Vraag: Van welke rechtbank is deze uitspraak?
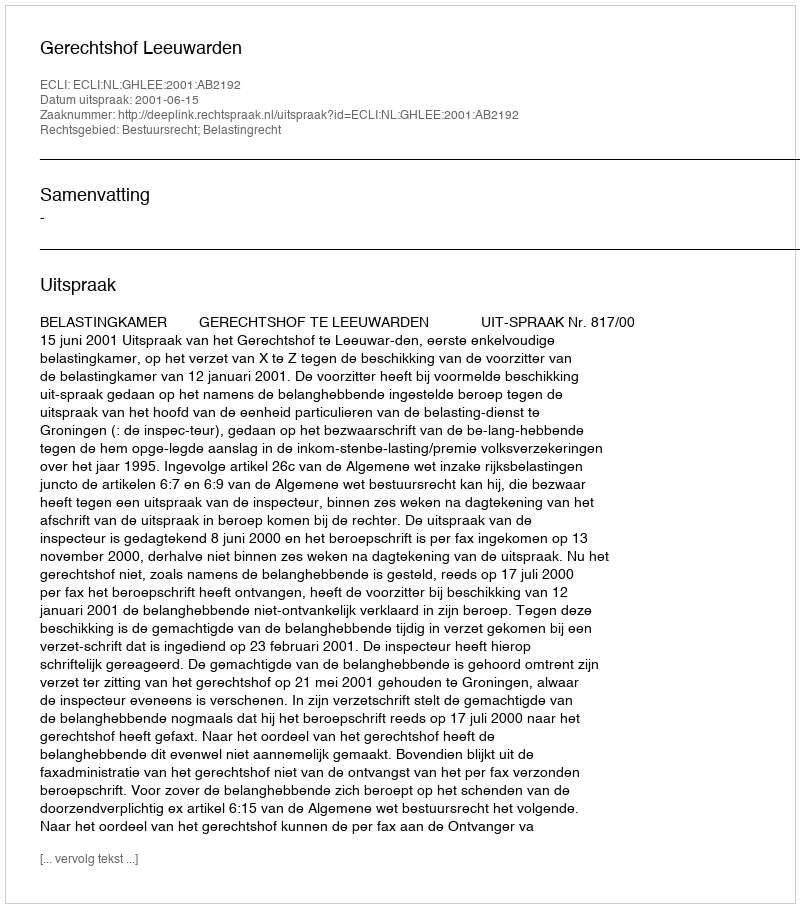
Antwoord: Gerechtshof Leeuwarden